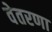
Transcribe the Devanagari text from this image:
वेतरणा